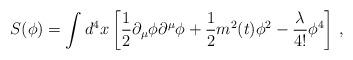
LaTeX: \begin{align*}S(\phi)=\int d^4x\left[\frac{1}{2}\partial_\mu\phi\partial^\mu\phi +\frac{1}{2}m^2(t)\phi^2 -\frac{\lambda}{4!}\phi^4\right]\,,\end{align*}